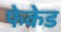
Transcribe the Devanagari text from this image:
फेकेड